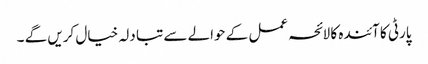
پارٹی کا آئندہ کا لائحہ عمل کے حوالے سے تبا دلہ خیال کریں گے ۔